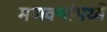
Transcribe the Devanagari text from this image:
मणक्यांमध्ये